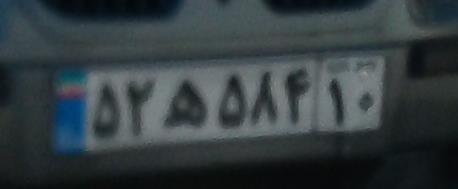
۵۲ه۵۸۴۱۰